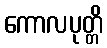
ကောလပုတ္တိ